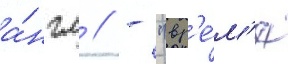
а́нгл // - "вр'е́м'я